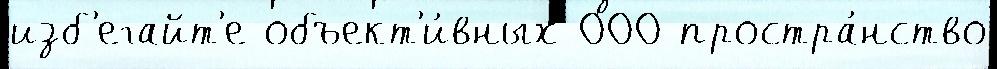
изб'егайт'е объект'и́вных 000 простра́нство